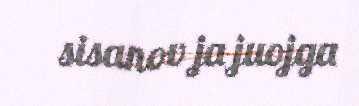
sisanov ja juojga